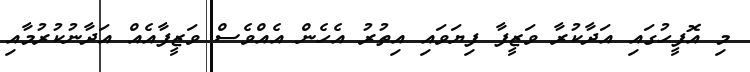
މި އޮފީހުގައި އަދާކުރާ ވަޒީފާ ފިޔަވައި އިތުރު އެހެން އެއްވެސް ވަޒީފާއެއް އަދާނުކުރުމާއި